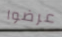
عرضوا